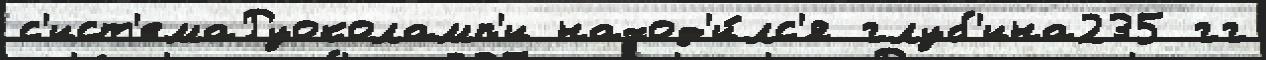
с'ист'емаРуоколамп'и наход'и́лс'я глуб'ина235 гг